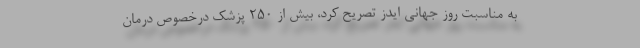
به مناسبت روز جهانی ایدز تصریح کرد، بیش از 250 پزشک درخصوص درمان